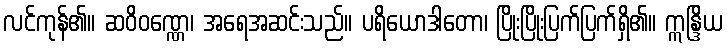
လင်ကုန်၏။ ဆဝိဝဏ္ဏေ၊ အရေအဆင်းသည်။ ပရိယောဒါတော၊ ပြိုးပြိုးပြက်ပြက်ရှိ၏။ ဣန္ဒြိယ